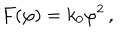
F ( \varphi ) = k _ { 0 } { \varphi } ^ { 2 } \, ,